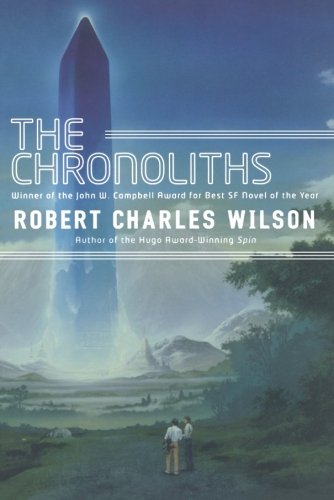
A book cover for The Chronoliths; Robert Charles Wilson; Science Fiction & Fantasy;